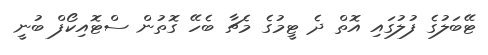
ޓޭބަލުގެ ފުލުގައި އޮތް ދެ ޓީމުގެ މެޗާ ބެހޭ ގޮތުން ސްޓޮއިކޯފް ބުނީ